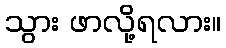
သွား ဖာလို့ရလား။